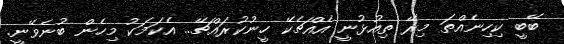
ބޭބީ ކިހިނެއްތަ މިރޭ ތިއުޅުނީ އެއްޗެކޭ ހީނުކުރައްޗޭ.. އެކަމަކު މިހެން ބުނެވޭނީ.